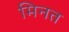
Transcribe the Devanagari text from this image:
मिनत